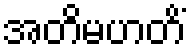
အတိမဟတိံ